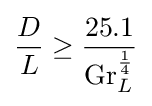
{\frac {D}{L}}\geq {\frac {25.1}{\mathrm {Gr} _{L}^{\frac {1}{4}}}}